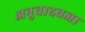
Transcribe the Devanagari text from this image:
अनुवादवजा